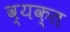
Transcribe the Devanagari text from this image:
व्‍यक्‍त